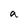
Character: a